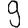
Digit: 9